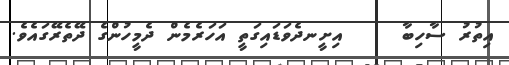
އިތުރު ސާހިބާ     އިށީނދެވަޑައިގަތީ އަހަރެމެން ދެމީހުންގެ ދޭތެރޭގައެވެ.